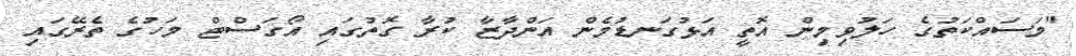
"މަސައްކަތުގެ ހަލުވިމިން އޮތީ އަޅުގަނޑުމެން އަންދާޒާ ކުރާ ގޮތުގައި އޯގަސްޓް މަހުގެ ތެރޭގައި